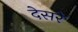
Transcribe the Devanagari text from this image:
देसरे